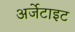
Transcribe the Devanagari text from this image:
अर्जेटाइट